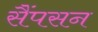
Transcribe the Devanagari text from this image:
सैंपसन